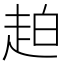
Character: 䞟